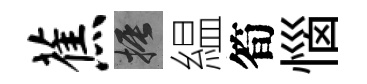
蕉振緼筍惱